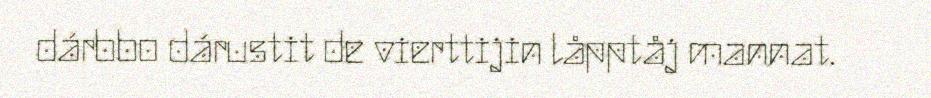
dárbbo dárustit de vierttijin låpptåj mannat.